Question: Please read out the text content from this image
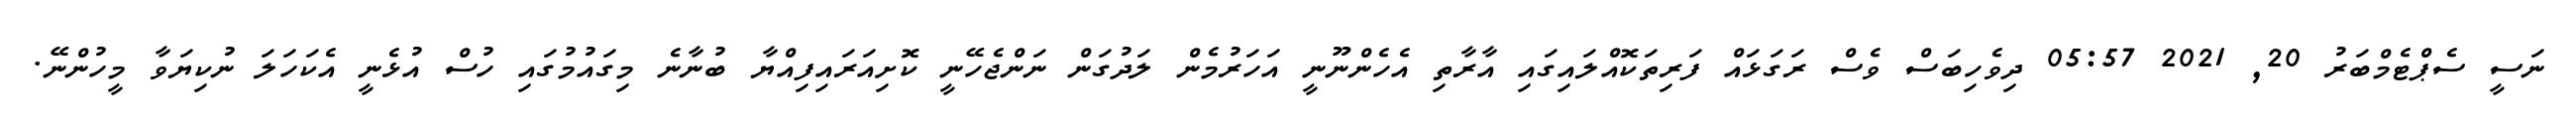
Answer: ނަސީ ސެޕްޓެމްބަރު 20, 2021 05:57 ދިވެހިބަސް ވެސް ރަގަޅައް ފަރިތަކޮއްލައިގައި އާރާތި އެހެންނޫނީ އަހަރުމެން ލަދުގަން ނަންޖެހޭނީ ކޮށިއަރައިފިއްޔާ ބުނާނެ މިގައުމުގައި ހުސް އުޅެނީ އެކަހަލަ ނުކިޔަވާ މީހުންނޭ.